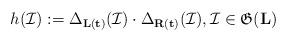
LaTeX: \begin{align*} h(\mathcal{I}) := \Delta_{\mathbf{L}(\mathbf{t})}(\mathcal{I})\cdot\Delta_{\mathbf{R}(\mathbf{t})}(\mathcal{I}),\mathcal{I}\in\mathfrak{G}(\mathbf{L})\end{align*}